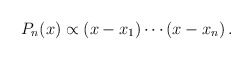
\begin{align*}P_{n}(x)\propto (x-x_{1})\cdots (x-x_{n}) \,. \end{align*}